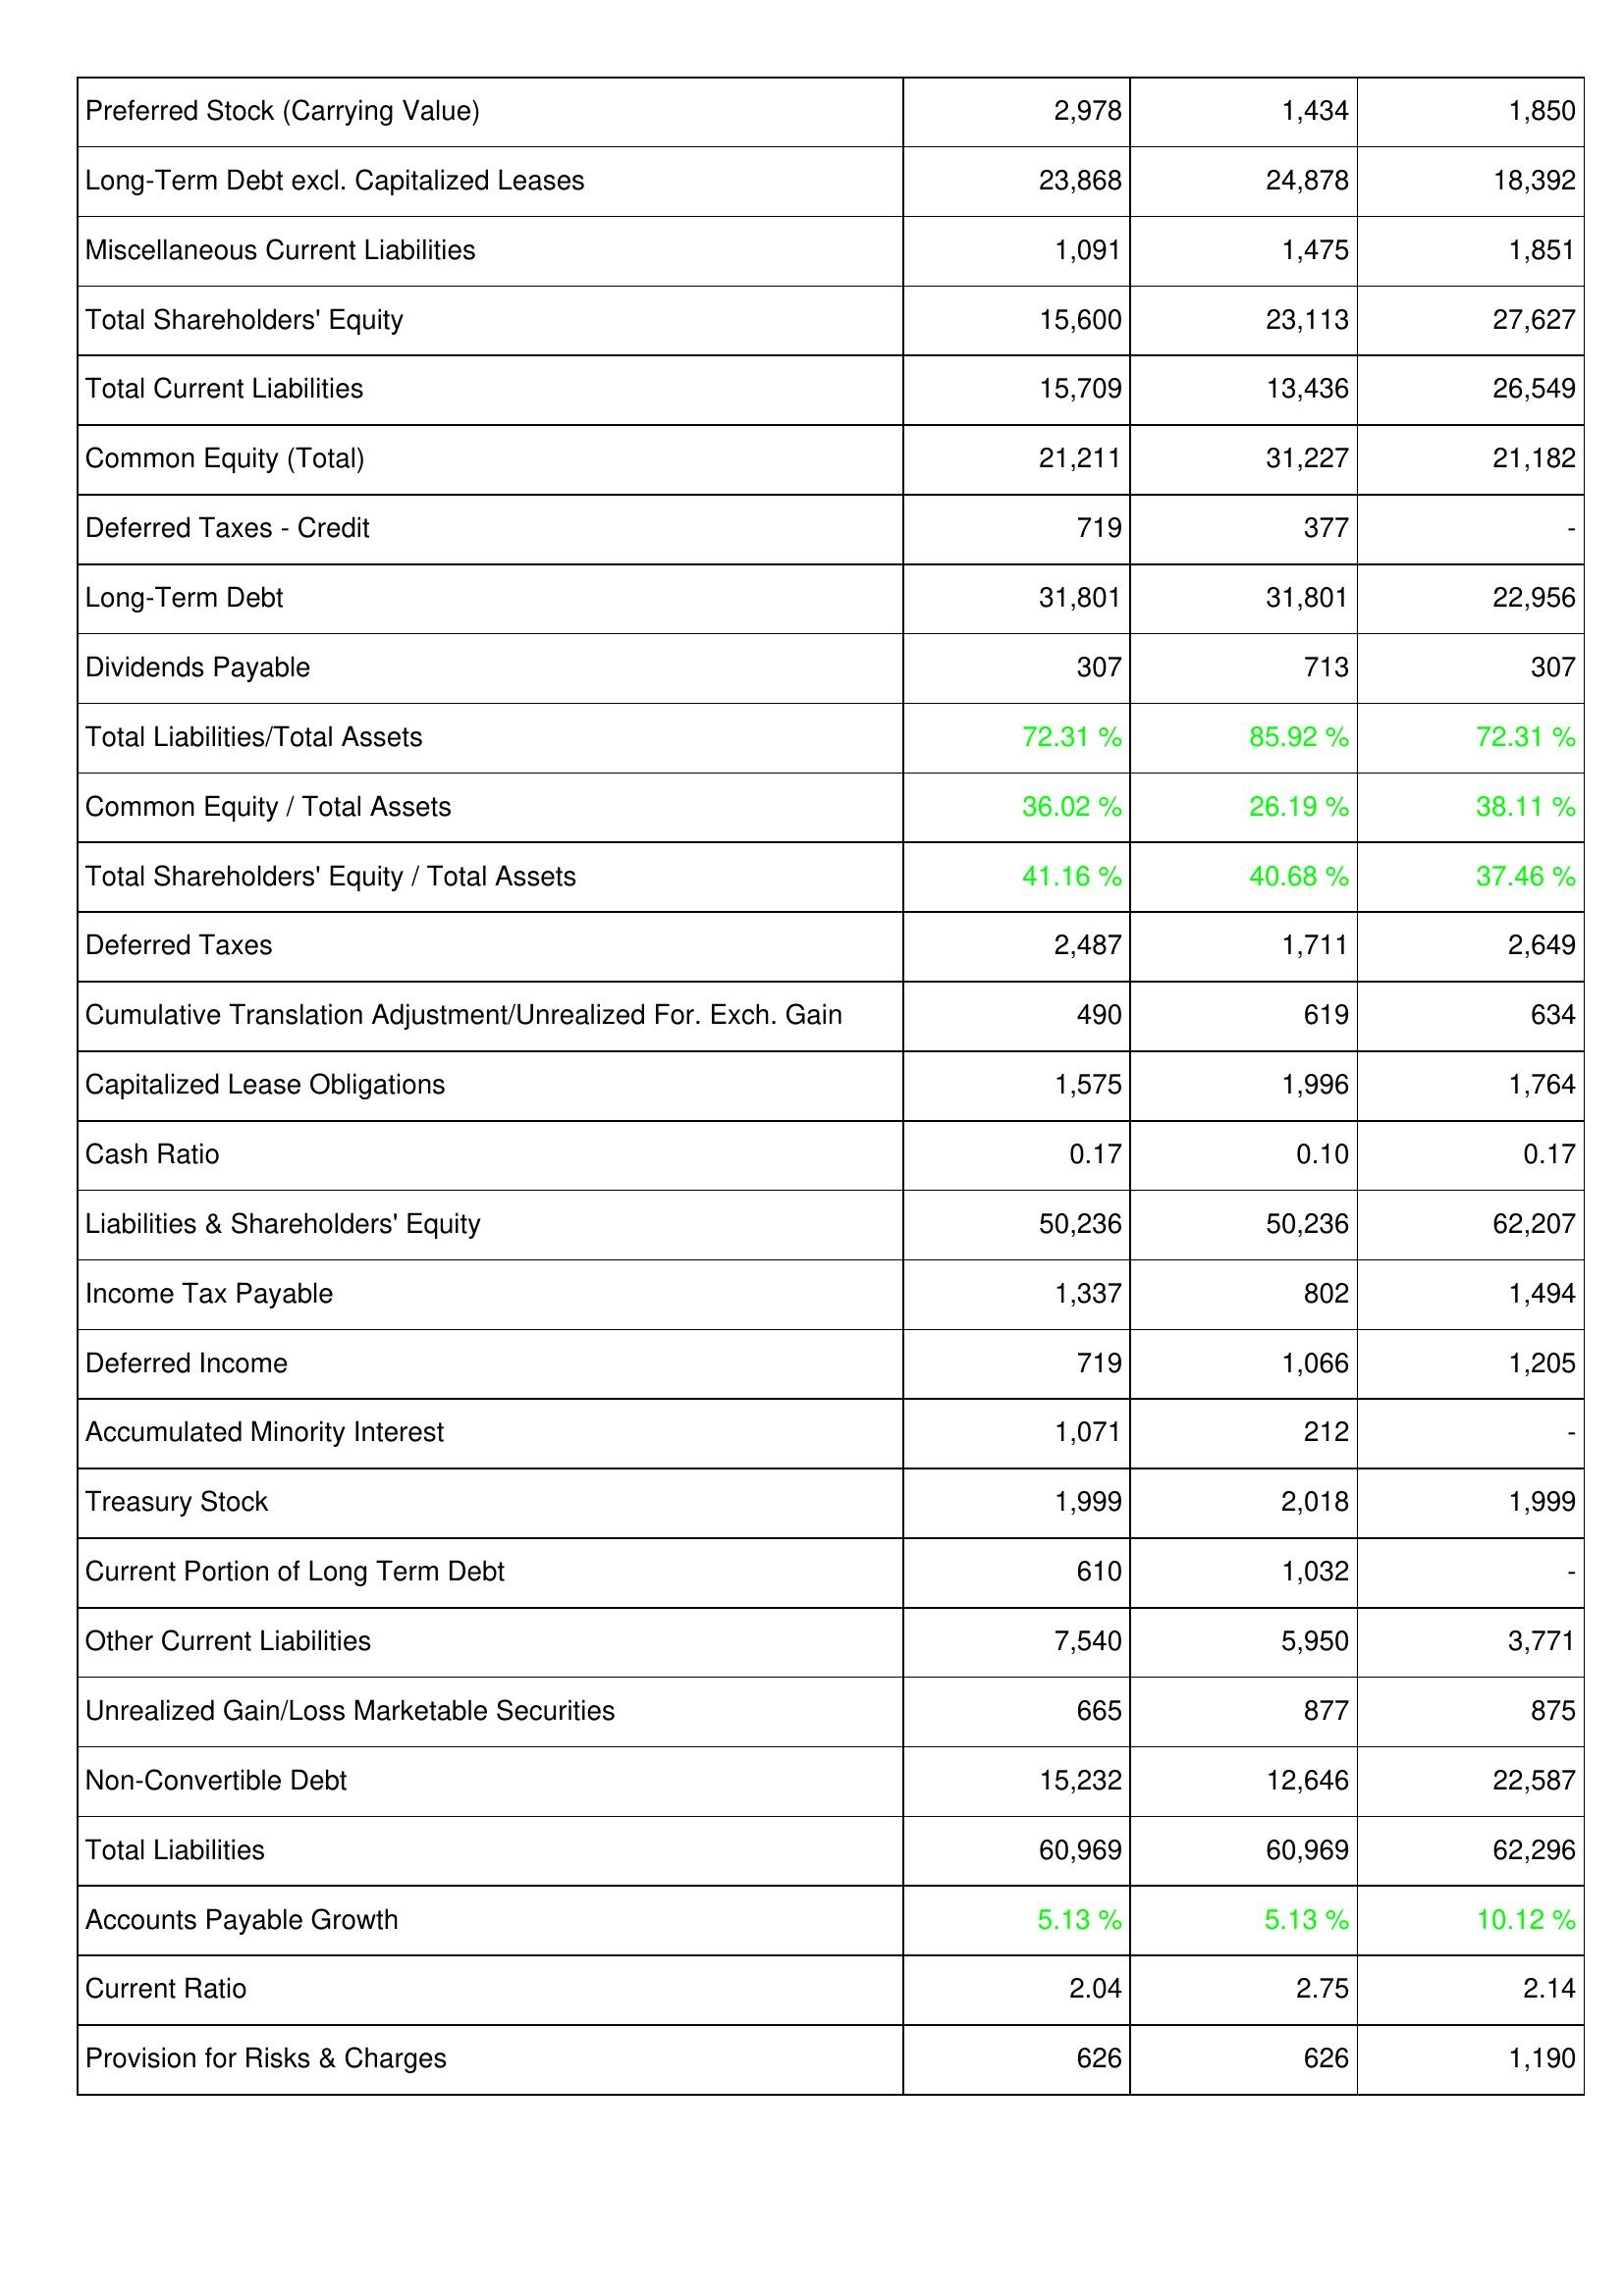
2011: Liabilities & Shareholders' Equity: Preferred Stock (Carrying Value): 2,978
Long-Term Debt excl. Capitalized Leases: 23,868
Miscellaneous Current Liabilities: 1,091
Total Shareholders' Equity: 15,600
Total Current Liabilities: 15,709
Common Equity (Total): 21,211
Deferred Taxes - Credit: 719
Long-Term Debt: 31,801
Dividends Payable: 307
Total Liabilities/Total Assets: 72.31 %
Common Equity / Total Assets: 36.02 %
Total Shareholders' Equity / Total Assets: 41.16 %
Deferred Taxes: 2,487
Cumulative Translation Adjustment/Unrealized For. Exch. Gain: 490
Capitalized Lease Obligations: 1,575
Cash Ratio: 0.17
Liabilities & Shareholders' Equity: 50,236
Income Tax Payable: 1,337
Deferred Income: 719
Accumulated Minority Interest: 1,071
Treasury Stock: 1,999
Current Portion of Long Term Debt: 610
Other Current Liabilities: 7,540
Unrealized Gain/Loss Marketable Securities: 665
Non-Convertible Debt: 15,232
Total Liabilities: 60,969
Accounts Payable Growth: 5.13 %
Current Ratio: 2.04
Provision for Risks & Charges: 626
2012: Liabilities & Shareholders' Equity: Preferred Stock (Carrying Value): 1,434
Long-Term Debt excl. Capitalized Leases: 24,878
Miscellaneous Current Liabilities: 1,475
Total Shareholders' Equity: 23,113
Total Current Liabilities: 13,436
Common Equity (Total): 31,227
Deferred Taxes - Credit: 377
Long-Term Debt: 31,801
Dividends Payable: 713
Total Liabilities/Total Assets: 85.92 %
Common Equity / Total Assets: 26.19 %
Total Shareholders' Equity / Total Assets: 40.68 %
Deferred Taxes: 1,711
Cumulative Translation Adjustment/Unrealized For. Exch. Gain: 619
Capitalized Lease Obligations: 1,996
Cash Ratio: 0.10
Liabilities & Shareholders' Equity: 50,236
Income Tax Payable: 802
Deferred Income: 1,066
Accumulated Minority Interest: 212
Treasury Stock: 2,018
Current Portion of Long Term Debt: 1,032
Other Current Liabilities: 5,950
Unrealized Gain/Loss Marketable Securities: 877
Non-Convertible Debt: 12,646
Total Liabilities: 60,969
Accounts Payable Growth: 5.13 %
Current Ratio: 2.75
Provision for Risks & Charges: 626
2013: Liabilities & Shareholders' Equity: Preferred Stock (Carrying Value): 1,850
Long-Term Debt excl. Capitalized Leases: 18,392
Miscellaneous Current Liabilities: 1,851
Total Shareholders' Equity: 27,627
Total Current Liabilities: 26,549
Common Equity (Total): 21,182
Deferred Taxes - Credit: -
Long-Term Debt: 22,956
Dividends Payable: 307
Total Liabilities/Total Assets: 72.31 %
Common Equity / Total Assets: 38.11 %
Total Shareholders' Equity / Total Assets: 37.46 %
Deferred Taxes: 2,649
Cumulative Translation Adjustment/Unrealized For. Exch. Gain: 634
Capitalized Lease Obligations: 1,764
Cash Ratio: 0.17
Liabilities & Shareholders' Equity: 62,207
Income Tax Payable: 1,494
Deferred Income: 1,205
Accumulated Minority Interest: -
Treasury Stock: 1,999
Current Portion of Long Term Debt: -
Other Current Liabilities: 3,771
Unrealized Gain/Loss Marketable Securities: 875
Non-Convertible Debt: 22,587
Total Liabilities: 62,296
Accounts Payable Growth: 10.12 %
Current Ratio: 2.14
Provision for Risks & Charges: 1,190